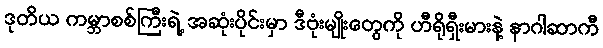
ဒုတိယ ကမ္ဘာစစ်ကြီးရဲ့ အဆုံးပိုင်းမှာ ဒီဗုံးမျိုးတွေကို ဟီရိုရှီးမားနဲ့ နာဂါဆာကီ